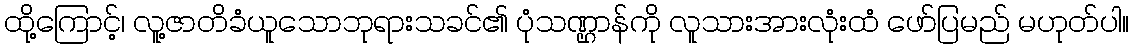
ထို့ကြောင့်၊ လူ့ဇာတိခံယူသောဘုရားသခင်၏ ပုံသဏ္ဌာန်ကို လူသားအားလုံးထံ ဖော်ပြမည် မဟုတ်ပါ။